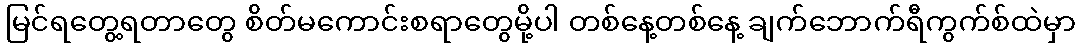
မြင်ရတွေ့ရတာတွေ စိတ်မကောင်းစရာတွေမို့ပါ တစ်နေ့တစ်နေ့ ချက်ဘောက်ရီကွက်စ်ထဲမှာ